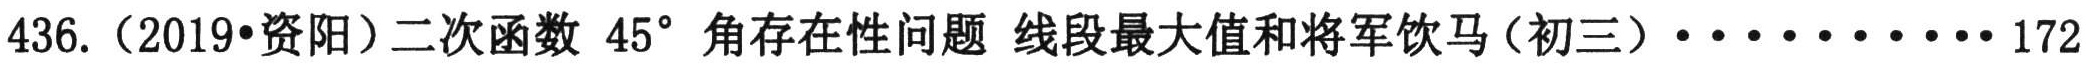
436.（2019•资阳）二次函数 \(45^{\circ}\) 角存在性问题 线段最大值和将军饮马（初三）···········172